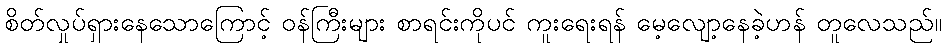
စိတ်လှုပ်ရှားနေသောကြောင့် ဝန်ကြီးများ စာရင်းကိုပင် ကူးရေးရန် မေ့လျော့နေခဲ့ဟန် တူလေသည်။